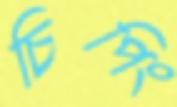
চিপিং